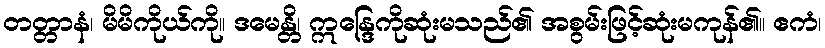
တတ္တာနံ၊ မိမိကိုယ်ကို။ ဒမေန္တိ၊ ဣန္ဒြေကိုဆုံးမသည်၏ အစွမ်းဖြင့်ဆုံးမကုန်၏။ ဧကံ၊